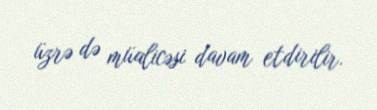
üzrə də müalicəsi davam etdirilir.